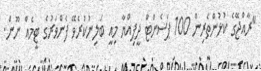
"ރާއްޖޭގެ ކުޅުންތެރިން 100 ޕަސެންޓް ދީފިއްޔާ މިއީ ބަލިނުކުރެވޭ ފެންވަރުގެ ޓީމެއް ނޫން.